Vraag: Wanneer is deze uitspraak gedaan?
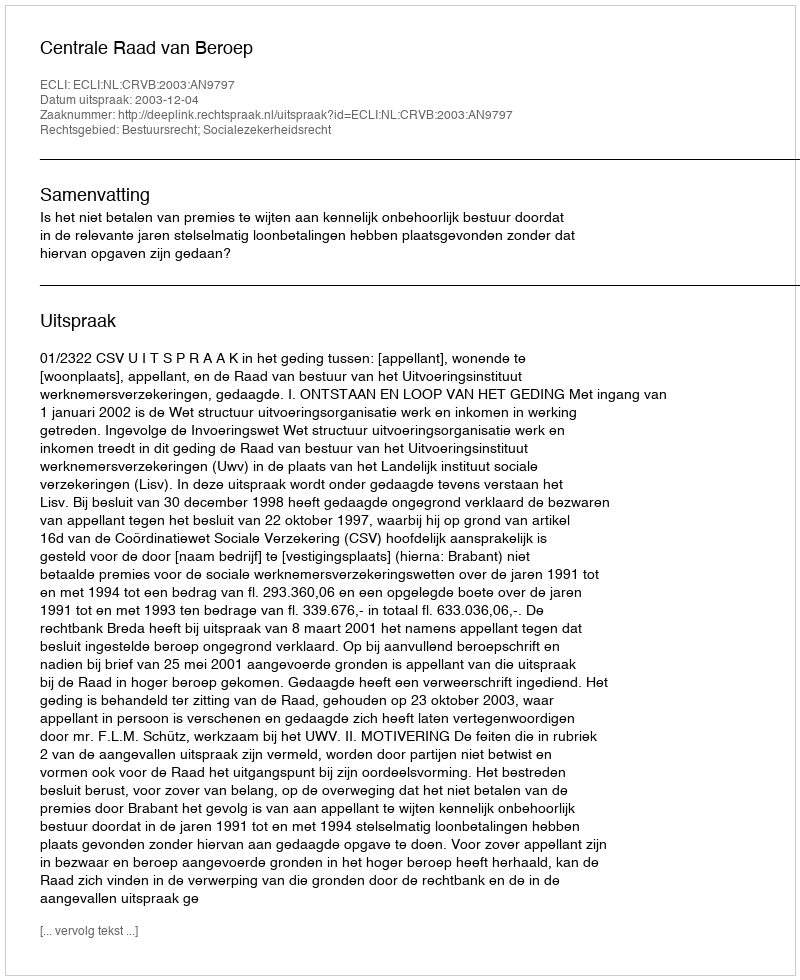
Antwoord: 2003-12-04